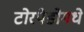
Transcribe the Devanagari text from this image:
टोरपेडोमधे